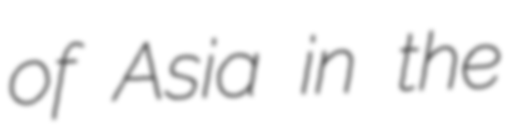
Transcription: of Asia in the